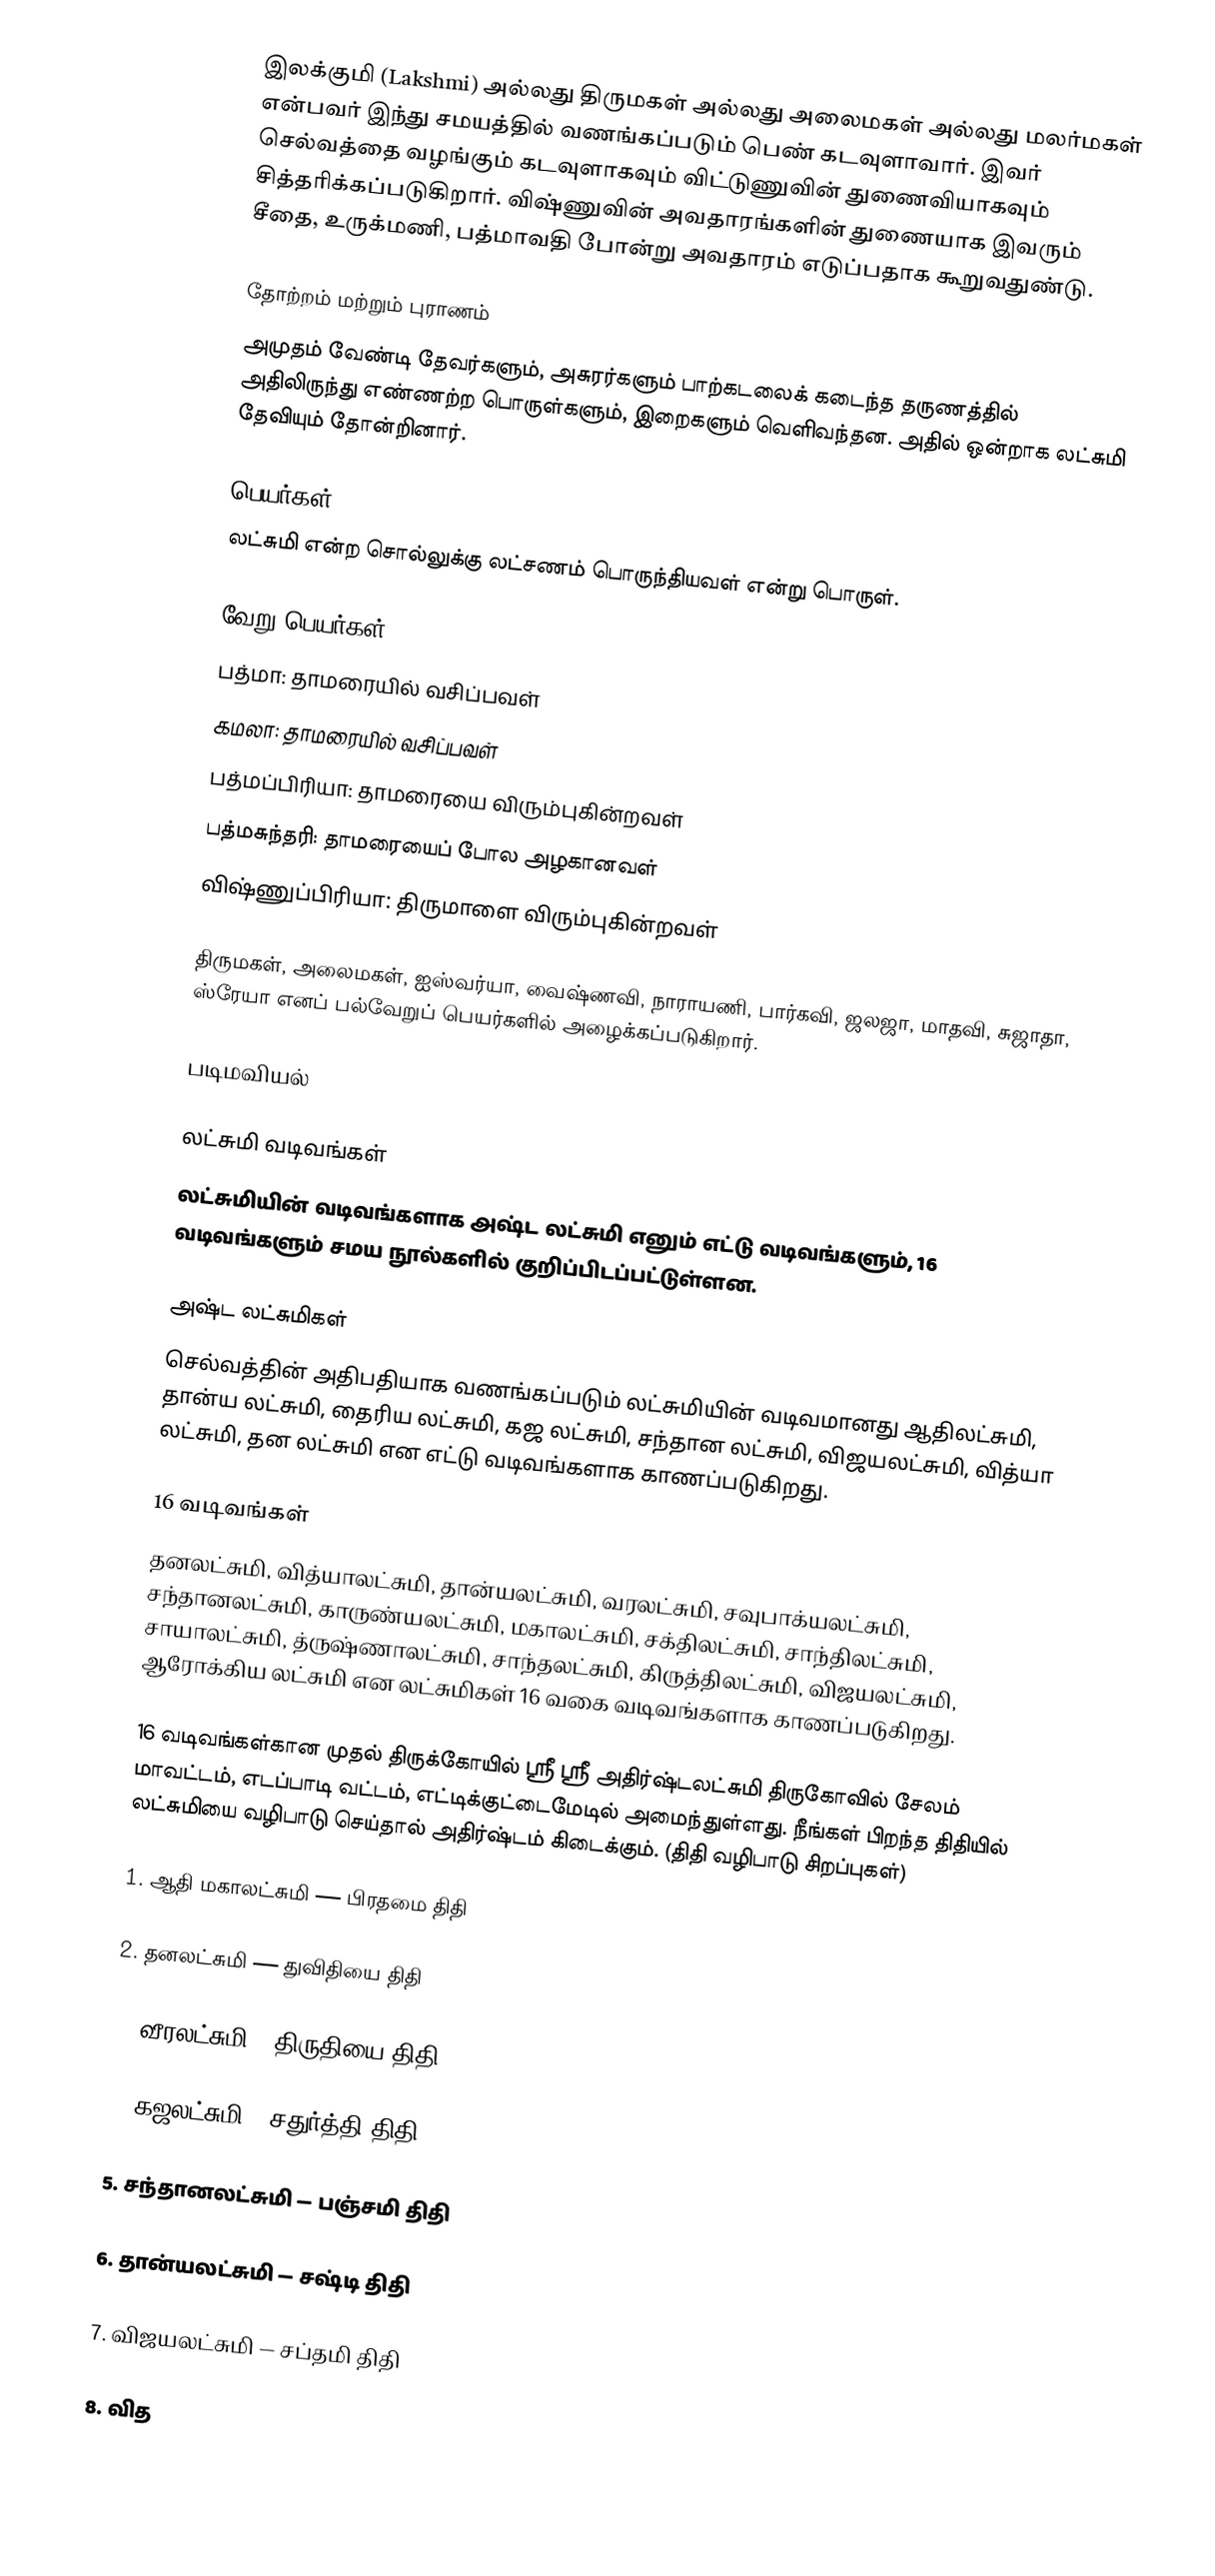
இலக்குமி (Lakshmi) அல்லது திருமகள் அல்லது அலைமகள் அல்லது மலர்மகள் என்பவர் இந்து சமயத்தில் வணங்கப்படும் பெண்  கடவுளாவார். இவர் செல்வத்தை வழங்கும் கடவுளாகவும் விட்டுணுவின் துணைவியாகவும் சித்தரிக்கப்படுகிறார். விஷ்ணுவின் அவதாரங்களின் துணையாக இவரும் சீதை, உருக்மணி, பத்மாவதி போன்று அவதாரம் எடுப்பதாக கூறுவதுண்டு.

தோற்றம் மற்றும் புராணம்
அமுதம் வேண்டி தேவர்களும், அசுரர்களும் பாற்கடலைக் கடைந்த தருணத்தில் அதிலிருந்து எண்ணற்ற பொருள்களும், இறைகளும் வெளிவந்தன. அதில் ஒன்றாக லட்சுமி தேவியும் தோன்றினார்.

பெயர்கள்
லட்சுமி என்ற சொல்லுக்கு லட்சணம் பொருந்தியவள் என்று பொருள்.

வேறு பெயர்கள்
பத்மா: தாமரையில் வசிப்பவள்
கமலா: தாமரையில் வசிப்பவள்
பத்மப்பிரியா: தாமரையை விரும்புகின்றவள்
பத்மசுந்தரி: தாமரையைப் போல அழகானவள்
 விஷ்ணுப்பிரியா: திருமாளை விரும்புகின்றவள்

திருமகள், அலைமகள், ஐஸ்வர்யா, வைஷ்ணவி, நாராயணி, பார்கவி, ஜலஜா, மாதவி, சுஜாதா, ஸ்ரேயா எனப் பல்வேறுப் பெயர்களில் அழைக்கப்படுகிறார்.

படிமவியல்

லட்சுமி வடிவங்கள்
லட்சுமியின் வடிவங்களாக அஷ்ட லட்சுமி எனும் எட்டு வடிவங்களும், 16 வடிவங்களும் சமய நூல்களில் குறிப்பிடப்பட்டுள்ளன.

அஷ்ட லட்சுமிகள்
செல்வத்தின் அதிபதியாக வணங்கப்படும் லட்சுமியின் வடிவமானது ஆதிலட்சுமி, தான்ய லட்சுமி, தைரிய லட்சுமி, கஜ லட்சுமி, சந்தான லட்சுமி, விஜயலட்சுமி, வித்யா லட்சுமி, தன லட்சுமி என எட்டு வடிவங்களாக காணப்படுகிறது.

16 வடிவங்கள்
தனலட்சுமி, வித்யாலட்சுமி, தான்யலட்சுமி, வரலட்சுமி, சவுபாக்யலட்சுமி, சந்தானலட்சுமி, காருண்யலட்சுமி, மகாலட்சுமி, சக்திலட்சுமி, சாந்திலட்சுமி, சாயாலட்சுமி, த்ருஷ்ணாலட்சுமி, சாந்தலட்சுமி, கிருத்திலட்சுமி, விஜயலட்சுமி, ஆரோக்கிய லட்சுமி என லட்சுமிகள் 16 வகை வடிவங்களாக காணப்படுகிறது.

16 வடிவங்கள்கான முதல் திருக்கோயில் ஸ்ரீ ஸ்ரீ அதிர்ஷ்டலட்சுமி திருகோவில் சேலம் மாவட்டம், எடப்பாடி வட்டம், எட்டிக்குட்டைமேடில் அமைந்துள்ளது. நீங்கள் பிறந்த திதியில் லட்சுமியை வழிபாடு செய்தால் அதிர்ஷ்டம் கிடைக்கும். (திதி வழிபாடு சிறப்புகள்)

1. ஆதி மகாலட்சுமி — பிரதமை திதி

2. தனலட்சுமி — துவிதியை திதி

3. வீரலட்சுமி — திருதியை திதி

4. கஜலட்சுமி — சதுர்த்தி திதி

5. சந்தானலட்சுமி — பஞ்சமி திதி

6. தான்யலட்சுமி — சஷ்டி திதி

7. விஜயலட்சுமி — சப்தமி திதி

8. வித